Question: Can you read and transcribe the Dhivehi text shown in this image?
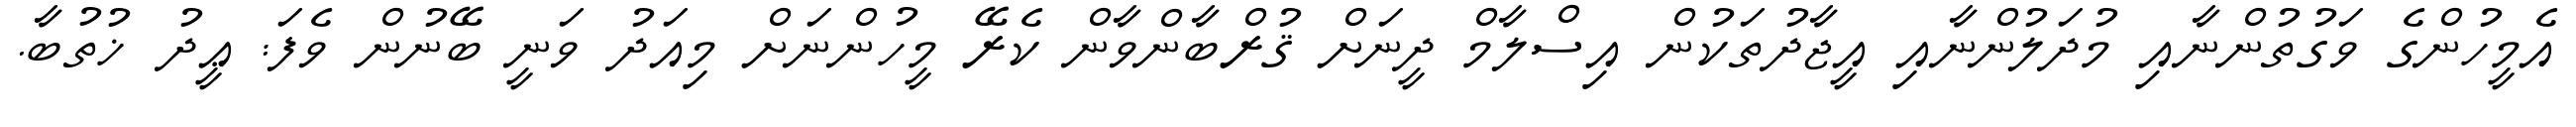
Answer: އެމީހުންގެ ވަގުތުންނާއި މުދަލުންނާއި އީޖާދުތަކުން އިސްލާމް ދީނަށް ޤުރްބާންވާން ކެރޭ މީހުންނަށް މިއަދު ވަނީ ބޭނުން ވެފަ: ޢީދު ޚުތުބާ.